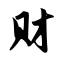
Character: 财